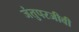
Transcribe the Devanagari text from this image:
जंतुपरजीवी